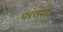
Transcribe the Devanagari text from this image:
परंतपाः